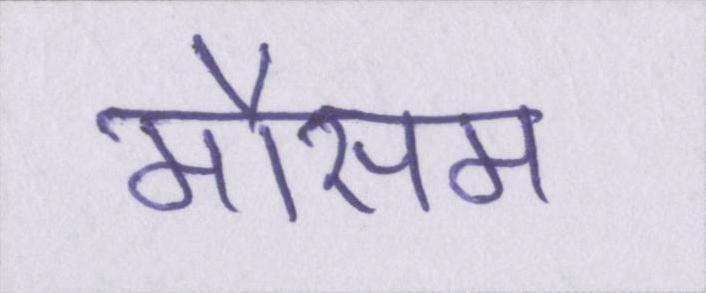
मौसम